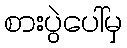
စားပွဲပေါ်မှ